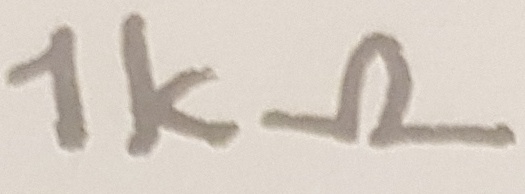
Text: 1kΩ